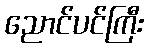
ညောင်ပင်ကြီး